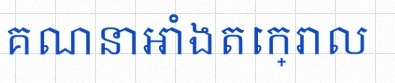
គណនាអាំងតេក្រាល